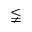
\lneqq